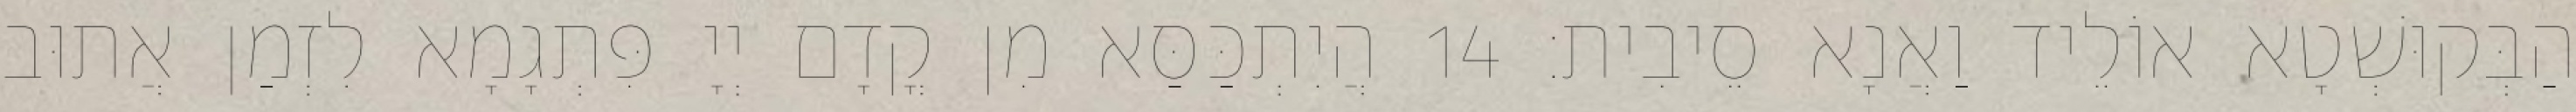
הַבְּקוּשְׁטָא אוֹלֵיד וַאֲנָא סֵיבִית׃ 14 הֲיִתְכַּסַּא מִן קֳדָם יְיָ פִּתְגָמָא לִזְמַן אֲתוּב